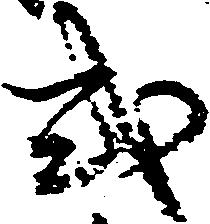
式